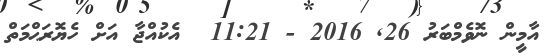
އާމީން ނޮވެމްބަރު 26